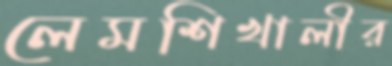
লেমশিখালীর